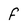
Character: f